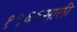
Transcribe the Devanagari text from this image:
१९६६साली